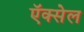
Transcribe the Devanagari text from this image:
ऍक्सेल